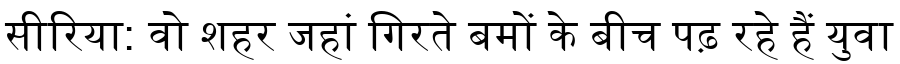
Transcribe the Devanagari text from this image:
सीरिया: वो शहर जहां गिरते बमों के बीच पढ़ रहे हैं युवा